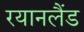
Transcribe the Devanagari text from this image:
रयानलैंड